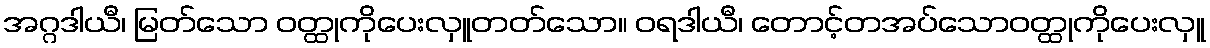
အဂ္ဂဒါယီ၊ မြတ်သော ဝတ္ထုကိုပေးလှူတတ်သော။ ဝရဒါယီ၊ တောင့်တအပ်သောဝတ္ထုကိုပေးလှူ